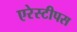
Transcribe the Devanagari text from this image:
एरेस्टीपस